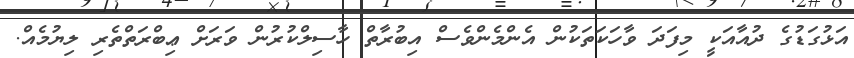
އަޅުގަޑުގެ ދުއާއަކީ މިފަދަ ވާހަކަތަކުން އެންމެންވެސް އިބުރާތް ހާސިލްކުރުން ވަރަށް ޢިބްރަތްތެރި ލިޔުމެއް.